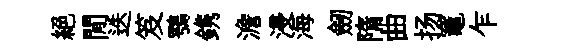
絕閒迭笈鶚鎸澹浸海劒隋曲扬竈乍